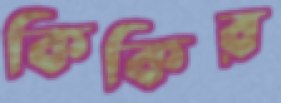
কিকির